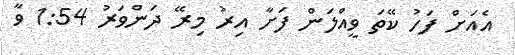
އެއަށް ފަހު ކޭތަ ވީއްލަން ފަށާ އިރު މިރޭ ދަންވަރު 1:54 ވާ